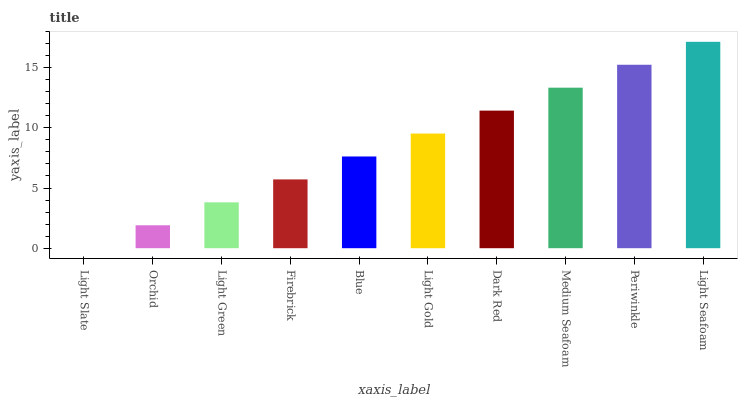
| xaxis_label | bars |
 | --- | --- |
 | Light Slate | 0 |
 | Orchid | 1.9 |
 | Light Green | 3.81 |
 | Firebrick | 5.71 |
 | Blue | 7.62 |
 | Light Gold | 9.52 |
 | Dark Red | 11.4 |
 | Medium Seafoam | 13.3 |
 | Periwinkle | 15.2 |
 | Light Seafoam | 17.1 |